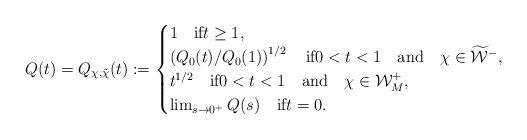
LaTeX: \begin{align*}Q(t)= Q_{\chi,\tilde{\chi}}(t):=\begin{cases}1 \quad\mbox{if}t\ge 1,\\\left(Q_{0}(t)/Q_{0}(1)\right)^{1/2}\quad\mbox{if}0<t<1\quad\mbox{and}\quad\chi\in\widetilde{\mathcal{W}}^{-},\\t^{1/2}\quad\mbox{if}0<t<1\quad\mbox{and}\quad\chi\in\mathcal{W}_M^{+},\\\lim_{s\to 0^+}Q(s)\quad\mbox{if}t=0.\end{cases}\end{align*}